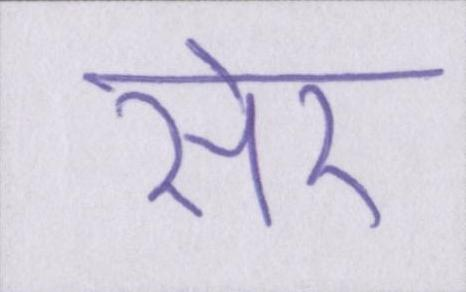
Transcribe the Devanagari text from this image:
सेर